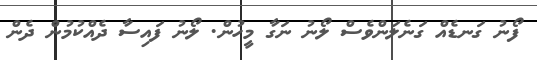
ފޯނު ގަނޑެއް ގަނެލަންވެސް ލޯނު ނަގާ މީހުން. ލޯނު ފައިސާ ދެއްކުމުން ދެން